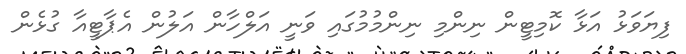
ފިޔަވަޅު އަޅާ ކޮމިޓީން ނިންމި ނިންމުމުގައި ވަނީ އަލްހާން އަލުން އެޕާޓީއާ ގުޅެން